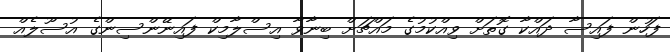
ފަހުން ފައިސާ ދައްކާ ގޮތަށް ވިއްކުމުގެ މައްޗަށް ބިނާވާ އިސްލާމިކް ފައިނޭންސިންގެ އުސޫލެއް